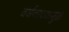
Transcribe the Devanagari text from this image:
वर्षनाच्यामुळे